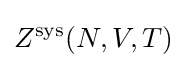
Z^{\text{sys}}(N,V,T)